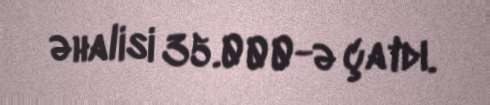
əhalisi 35.000-ə çatdı.